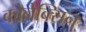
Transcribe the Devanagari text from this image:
कोनेक्सिन